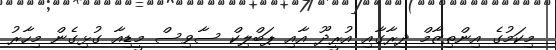
މިކަމުގެ އިންތިޒާމް ދިރާގާއި އުރީދޫ އާއި ޕަބްލިކް ސާވިސް މީޑިއާ ގުޅިގެން މިހާރު